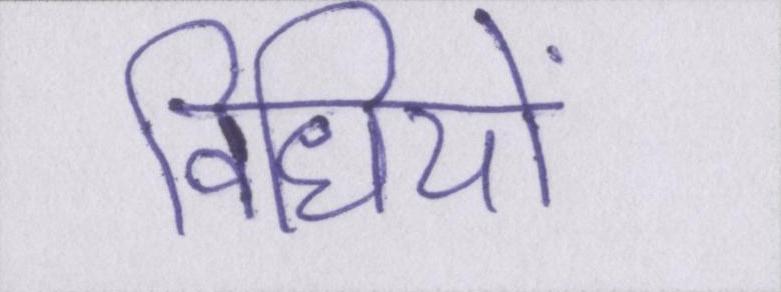
विधियों